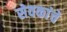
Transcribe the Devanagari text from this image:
सेवकांचे